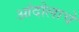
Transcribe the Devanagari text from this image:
आंदोलाचे